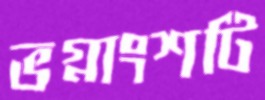
ভগ্নাংশটি